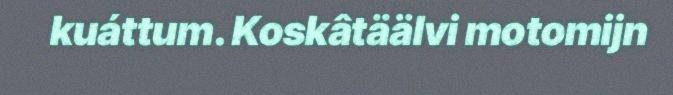
kuáttum. Koskâtäälvi motomijn